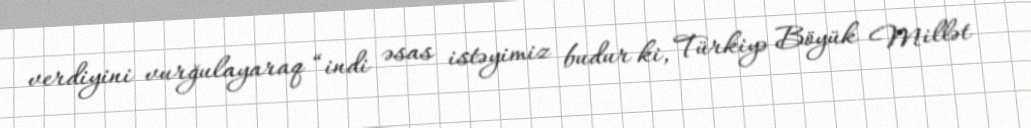
verdiyini vurğulayaraq “indi əsas istəyimiz budur ki, Türkiyə Böyük Millət